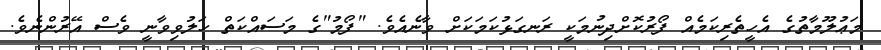
މަޢުލޫމާތުގެ އެހީތެރިކަމެއް ފޯރުކޮށްދިނުމަކީ ރަނގަޅުކަމަކަށް ވާނެއެވެ. "ފޯމު"ގެ މަސައްކަތް ހަލުވިވާނީ ވެސް އޭރުންނެވެ.